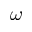
\omega